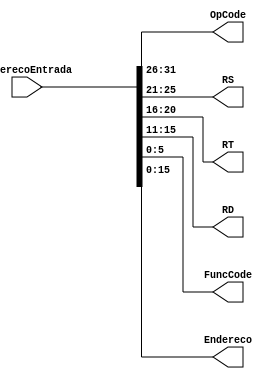
module instruction(EnderecoEntrada, OpCode, RS, RT, RD, FuncCode, Endereco);
  input [31:0] EnderecoEntrada;
  output [5:0] OpCode;
  output reg[4:0] RS;
  output reg[4:0] RT;
  output reg[4:0] RD;
  output reg[5:0] FuncCode;
  output reg[15:0] Endereco;

  assign OpCode = EnderecoEntrada[31:26];

  always @(EnderecoEntrada) begin
    RS = EnderecoEntrada[25:21];
    RT =  EnderecoEntrada[20:16];
    RD =  EnderecoEntrada[15:11];
    FuncCode =  EnderecoEntrada[5:0];
    Endereco =  EnderecoEntrada[15:0];
  end
endmodule